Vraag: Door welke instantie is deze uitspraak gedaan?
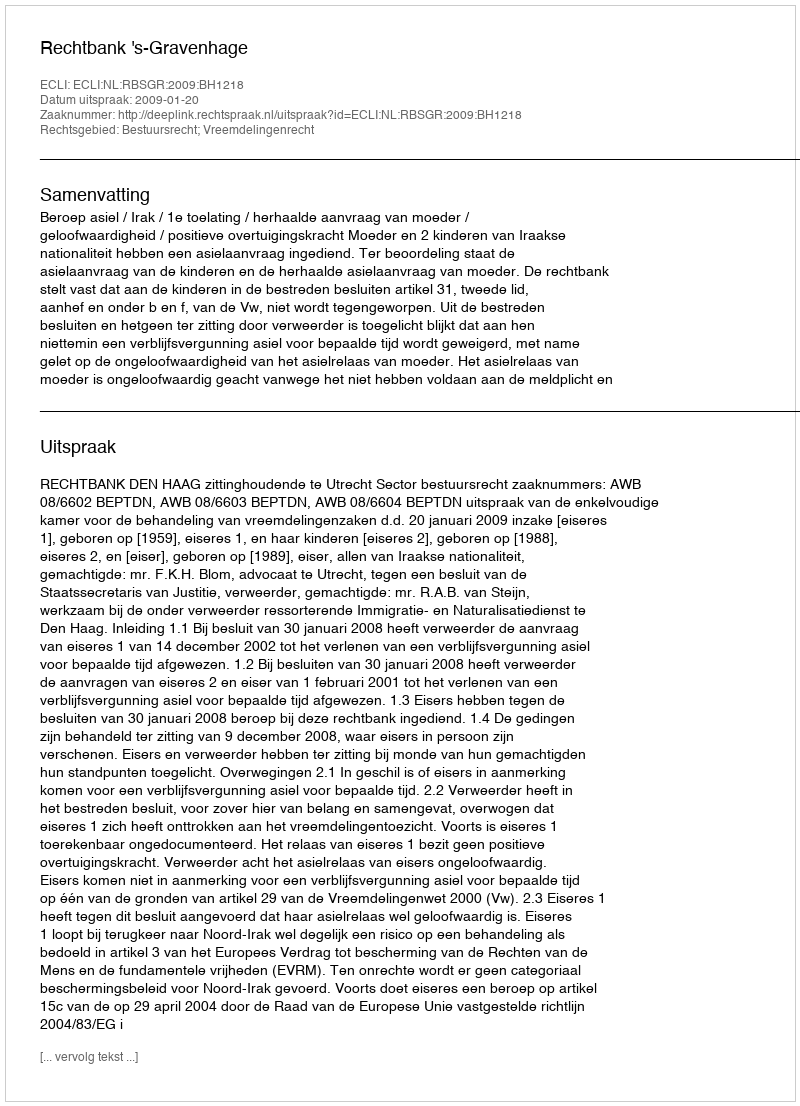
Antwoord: Rechtbank 's-Gravenhage